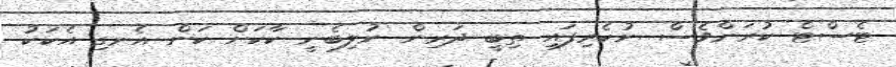
ޓެސްޓް ކުރަންވެސް ނުކެރިފައި ތިބީ ދަރިން ނުލިބެނީ ކާކަށް ކަން އެނގި އެކަކު